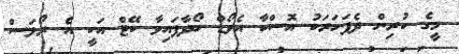
މީގެ ކުރިން ދެފަހަރަކު އޮސްކާ އެވޯޑް ހޯދާފައިވާ ކޭޓް އަކީ އެެ ރޯލަސް